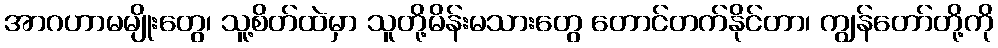
အာဂဟာမမျိုးတွေ၊ သူ့စိတ်ထဲမှာ သူတို့မိန်းမသားတွေ တောင်တက်နိုင်တာ၊ ကျွန်တော်တို့ကို